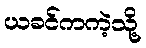
ယခင်ကကဲ့သို့